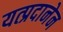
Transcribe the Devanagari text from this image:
यत्प्रदानेन